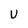
Character: U